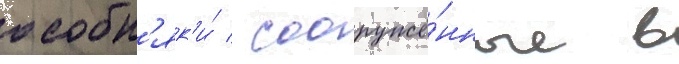
особн'як'и́ / сооружё́нные в